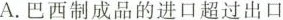
A.巴西制成品的进口超过出口